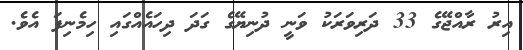
އިރު ރާއްޖޭގެ 33 ދަރިވަރަކު ވަނީ ދުނިޔޭގެ ގަދަ ދިހައެއްގައި ހިމެނިފަ އެވެ.